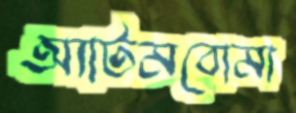
অ্যাটমবোমা